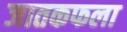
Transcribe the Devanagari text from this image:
जातकफला